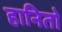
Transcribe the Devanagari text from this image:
हानितो